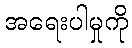
အရေးပါမှုကို